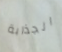
الجذابة